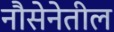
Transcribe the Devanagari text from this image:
नौसेनेतील